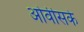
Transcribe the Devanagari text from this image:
ओवीसके